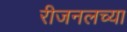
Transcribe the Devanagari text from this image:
रीजनलच्या